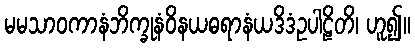
မမသာဝကာနံဘိက္ခုနံဝိနယဓရာနံယဒိဒံဥပါဠိတိ၊ ဟူ၍။